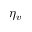
\eta _ { v }